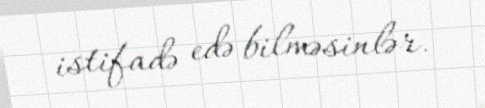
istifadə edə bilməsinlər.